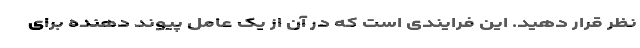
نظر قرار دهید. این فرایندی است که در آن از یک عامل پیوند دهنده برای